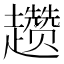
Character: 趱